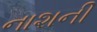
નાશની